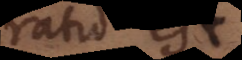
ratio est.